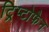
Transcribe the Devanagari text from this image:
ट्रिप्टोफैन